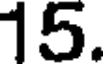
15.